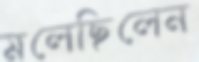
মলেছিলেন